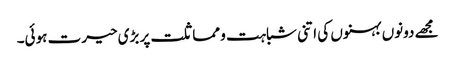
مجھے دونوں بہنوں کی اتنی شباہت و مماثلت پر بڑی حیرت ہوئی۔